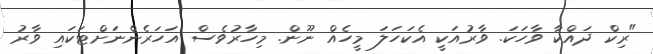
"ރިކް ދައްކާ ވާހަކަ. ވާރުއަކީ އެކަހަލަ މީހެއް ނޫން. މިހާރުވެސް އަހަރެންނަށްޓަކައި ވާރު